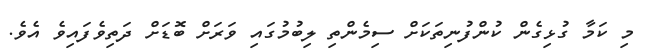
މި ކަމާ ގުޅިގެން ކުންފުނިތަކަށް ސިމެންތި ލިބުމުގައި ވަރަށް ބޮޑަށް ދަތިވެފައިވެ އެވެ.